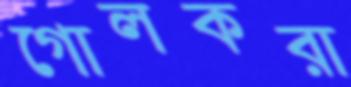
গোলকরা